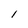
Character: 1